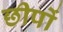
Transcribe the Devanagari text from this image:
छीपों